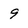
Character: 9